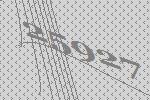
25927